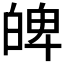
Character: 𤽹